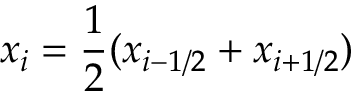
x _ { i } = \frac { 1 } { 2 } ( x _ { i - 1 / 2 } + x _ { i + 1 / 2 } )